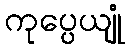
ကုပ္ပေယျုံ